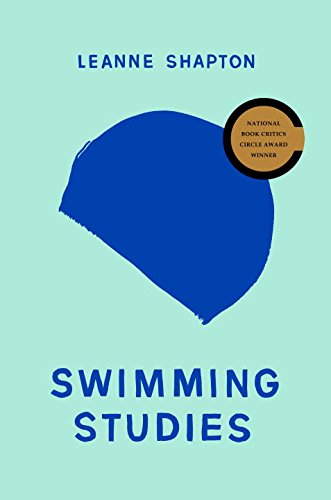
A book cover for Swimming Studies; Leanne Shapton; Sports & Outdoors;